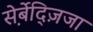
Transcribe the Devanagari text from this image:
स़ेर्बेद्ज़िजा